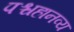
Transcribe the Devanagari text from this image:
पश्चहानव्य